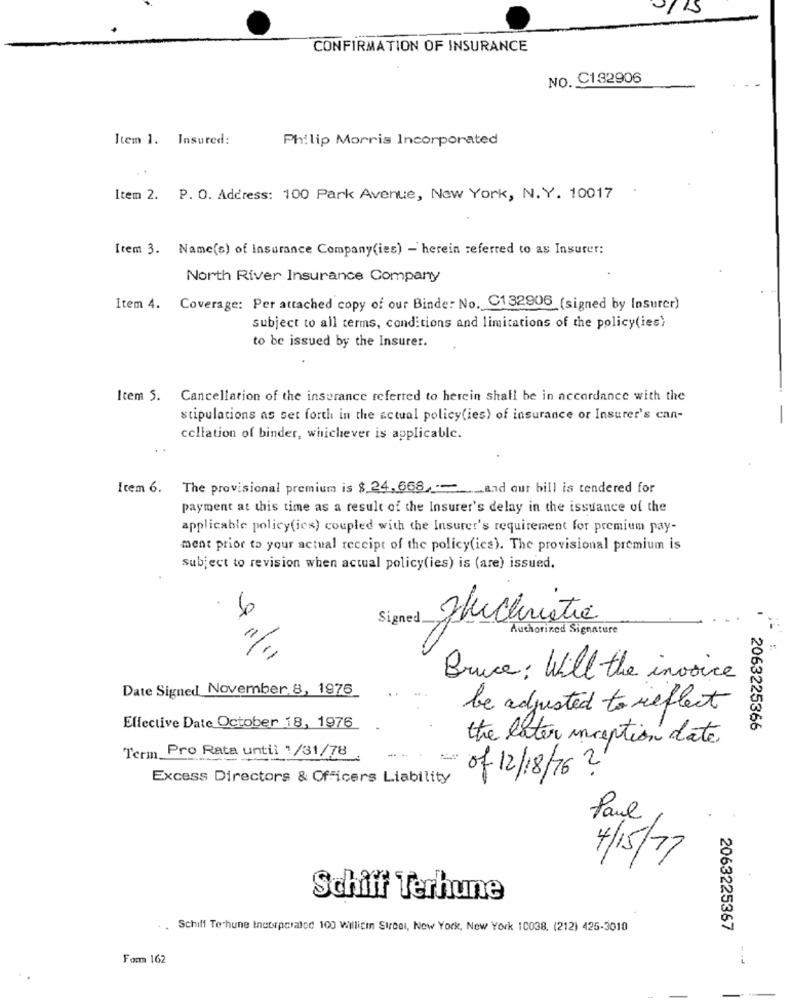
CONFIRMATION OF INSURANCE
NO. C132906
Item 1. Insured:
Philip Morris Incorporated
Item 2. P. O. Address: 100 Park Avenue, New York, N. Y. 10017
Item 3. Name(s) of insurance Company(ies) - herein referred to as Insurer:
North River Insurance Company
Item 4. Coverage: Per attached copy of our Binde: No. C132906 (signed by Insurer)
subject to all terms, conditions and limitations of the policy(ies}
to be issued by the Insurer.
Item 5. Cancellation of the insurance referred to herein shall be in accordance with the
stipulations as set forth in the actual policy(ies) of insurance or Insurer's can-
ccllation of binder, whichever is applicable.
Item 6. The provisional premium is $ 24,668 .-__ and our bill is tendered for
payment at this time as a result of the Insurer's delay in the issuance of the
applicable policy(ies) coupled with the Insurer's requirement for premium pay-
ment prior to your actual receipt of the policy(ice). The provisional premium is
subject to revision when actual policy(ies) is (are) issued.
Signed Thechristie
Auchorined Signature
11/11
til
Bruce : Will the invoice
Date Signed November 8, 1976
be adjusted to reflect
Effective Date October 18, 1976
2063225366
the later inception date
Term_Pro Rata until 1/31/78 _.
--
Excess Directors & Officers Liability
of 12/18/76 2
Paul
4/15/77
Schiff Terhune
Schiff Te hune Incorporated 100 Willigen Strcol, New York, New York 10038. (212) 425-3010
2063225367
Form 162